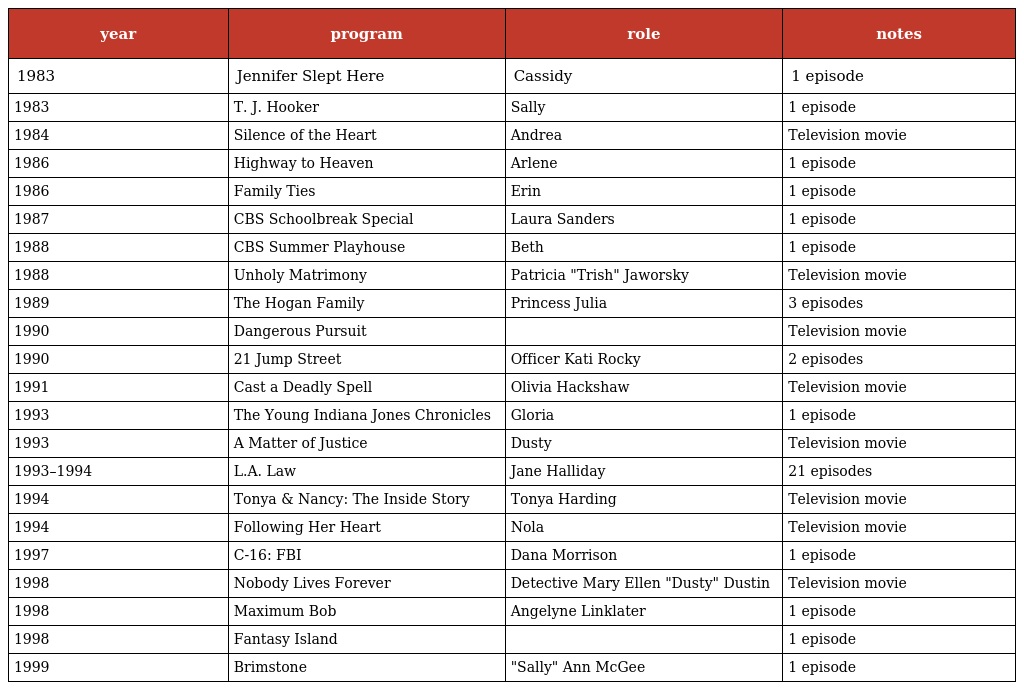
| year | program | role | notes |
 | --- | --- | --- | --- |
 | 1983 | Jennifer Slept Here | Cassidy | 1 episode |
 | 1983 | T. J. Hooker | Sally | 1 episode |
 | 1984 | Silence of the Heart | Andrea | Television movie |
 | 1986 | Highway to Heaven | Arlene | 1 episode |
 | 1986 | Family Ties | Erin | 1 episode |
 | 1987 | CBS Schoolbreak Special | Laura Sanders | 1 episode |
 | 1988 | CBS Summer Playhouse | Beth | 1 episode |
 | 1988 | Unholy Matrimony | Patricia "Trish" Jaworsky | Television movie |
 | 1989 | The Hogan Family | Princess Julia | 3 episodes |
 | 1990 | Dangerous Pursuit |  | Television movie |
 | 1990 | 21 Jump Street | Officer Kati Rocky | 2 episodes |
 | 1991 | Cast a Deadly Spell | Olivia Hackshaw | Television movie |
 | 1993 | The Young Indiana Jones Chronicles | Gloria | 1 episode |
 | 1993 | A Matter of Justice | Dusty | Television movie |
 | 1993–1994 | L.A. Law | Jane Halliday | 21 episodes |
 | 1994 | Tonya & Nancy: The Inside Story | Tonya Harding | Television movie |
 | 1994 | Following Her Heart | Nola | Television movie |
 | 1997 | C-16: FBI | Dana Morrison | 1 episode |
 | 1998 | Nobody Lives Forever | Detective Mary Ellen "Dusty" Dustin | Television movie |
 | 1998 | Maximum Bob | Angelyne Linklater | 1 episode |
 | 1998 | Fantasy Island |  | 1 episode |
 | 1999 | Brimstone | "Sally" Ann McGee | 1 episode |